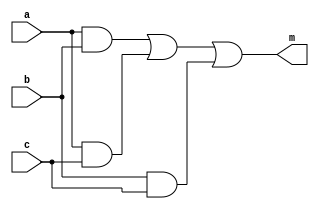
// Behavioral description of majority of 3 boolean

module MAJ (a,b,c,m);
	input a, b, c;
	output m;
	
	assign m = a && b || a && c || b && c;
endmodule